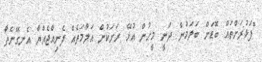
"ފަޅުރަށްތައް ބޮޑަށް ބަލަމުން ދަނީ މީހުން އުޅޭ ރަށަކުން އަލާމަތެއް ފެނިއްޖެއްޔާ އެނގޭނެތާ